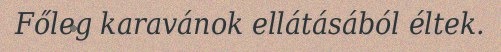
Főleg karavánok ellátásából éltek.